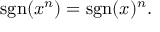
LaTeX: \operatorname { s g n } ( x ^ { n } ) = \operatorname { s g n } ( x ) ^ { n } .